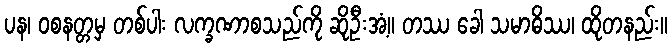
ပန၊ ဝစနတ္တမှ တစ်ပါး လက္ခဏာစသည်ကို ဆိုဦးအံ့။ တဿ ခေါ သမာဓိဿ၊ ထိုတနည်း။